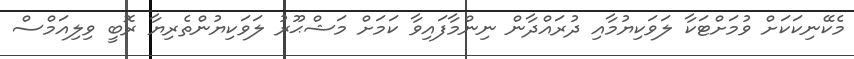
މެކޭނިކަކަށް ވުމަށްޓަކާ ލަވަކިޔުމާއި ދުރައްދާން ނިންމާފައިވާ ކަމަށް މަޝްޙޫރު ލަވަކިޔުންތެރިޔާ ރޮބީ ވިލިއަމްސް